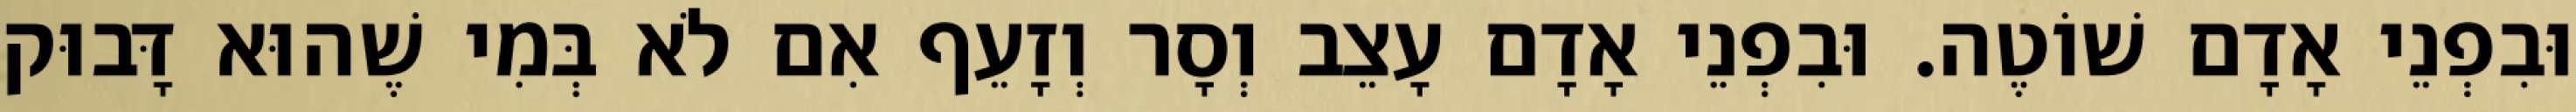
וּבִפְנֵי אָדָם שׁוֹטֶה. וּבִפְנֵי אָדָם עָצֵב וְסָר וְזָעֵף אִם לֹא בְּמִי שֶׁהוּא דָּבוּק